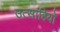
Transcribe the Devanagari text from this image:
उत्साहियो